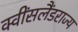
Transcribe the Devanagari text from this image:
क्वींसलैंडराज्य